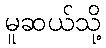
မူဆယ်သို့